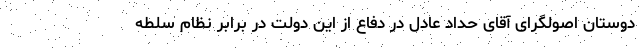
دوستان اصولگرای آقای حداد عادل در دفاع از این دولت در برابر نظام سلطه